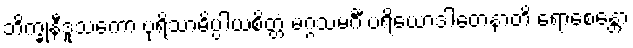
ဘိက္ခုနီဒူသကော ပုရိသာဓိပ္ပါယစိတ္တံ မဂ္ဂသမင်္ဂီ ပရိယောဒါတေနာတိ ရောစေန္တော